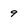
Character: 9